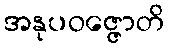
အနုပဝဇ္ဇောတိ